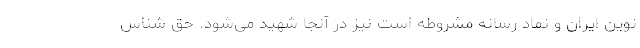
نوین ایران و نماد رسانه مشروطه است نیز در آنجا شهید می‌شود. حق شناس